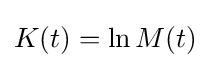
K(t)=\ln M(t)